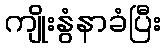
ကျိုးနွံနာခံပြီး